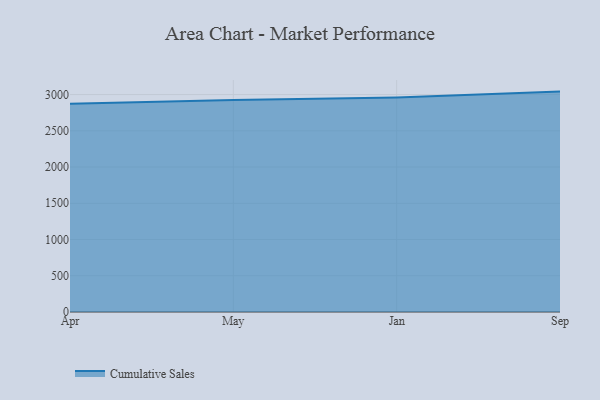
{"axis": {"x": "Month", "y": "Humidity (%)"}, "legend": ["Cumulative Sales"], "data": [{"x": "Apr", "y": 2873.5, "type": "Cumulative Sales"}, {"x": "May", "y": 2925.0, "type": "Cumulative Sales"}, {"x": "Jan", "y": 2958.4, "type": "Cumulative Sales"}, {"x": "Sep", "y": 3040.7, "type": "Cumulative Sales"}]}